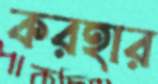
করহার